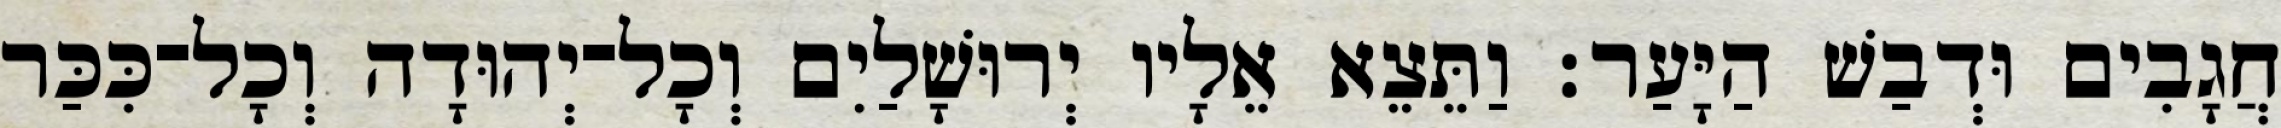
חֲגָבִים וּדְבַשׁ הַיָּעַר׃ וַתֵּצֵא אֵלָיו יְרוּשָׁלַיִם וְכָל־יְהוּדָה וְכָל־כִּכַּר